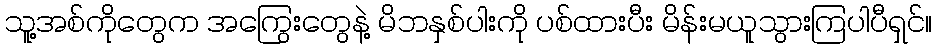
သူ့အစ်ကိုတွေက အကြွေးတွေနဲ့ မိဘနှစ်ပါးကို ပစ်ထားပီး မိန်းမယူသွားကြပါပီရှင်။